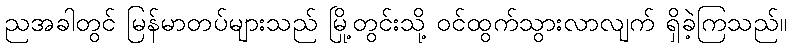
ညအခါတွင် မြန်မာတပ်များသည် မြို့တွင်းသို့ ဝင်ထွက်သွားလာလျက် ရှိခဲ့ကြသည်။